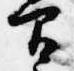
間